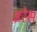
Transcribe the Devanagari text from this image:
इरेस